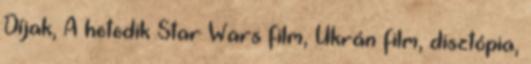
Díjak, A hetedik Star Wars film, Ukrán film, disztópia,